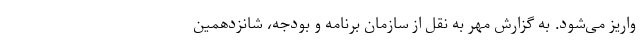
واریز می‌شود. به گزارش مهر به نقل از سازمان برنامه و بودجه، شانزدهمین